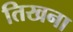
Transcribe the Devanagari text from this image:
तिखना